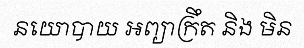
នយោបាយ អព្យាក្រឹត និង មិន